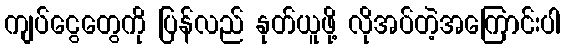
ကျပ်ငွေတွေကို ပြန်လည် နုတ်ယူဖို့ လိုအပ်တဲ့အကြောင်းပါ